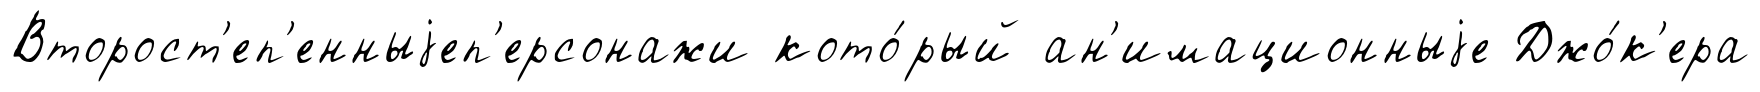
Второст'еп'енныjеп'ерсонажи кото́рый ан'имационныjе Джо́к'ера